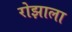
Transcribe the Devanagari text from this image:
रोझाला